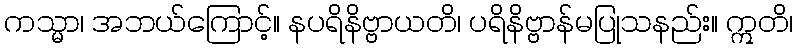
ကသ္မာ၊ အဘယ်ကြောင့်။ နပရိနိဗ္ဗာယတိ၊ ပရိနိဗ္ဗာန်မပြုသနည်း။ ဣတိ၊